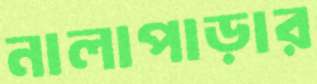
নালাপাড়ার